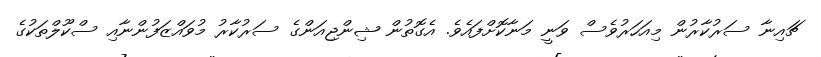
ޗައިނާ ސަރުކާރުން މިއަހަރުވެސް ވަނީ މަނާކޮށްފައެވެ. އެގޮތުން ޝިންޖިއަންގެ ސަރުކާރު މުވައްޒަފުންނާއި ސްކޫލްތަކުގެ